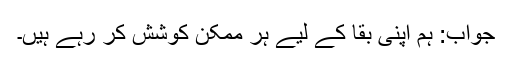
جواب: ہم اپنی بقا کے لیے ہر ممکن کوشش کر رہے ہیں۔